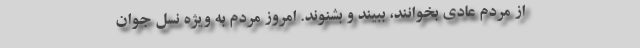
از مردم عادی بخوانند، ببیند و بشنوند. امروز مردم به ویژه نسل جوان